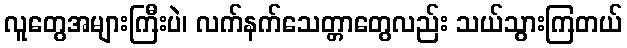
လူတွေအများကြီးပဲ၊ လက်နက်သေတ္တာတွေလည်း သယ်သွားကြတယ်